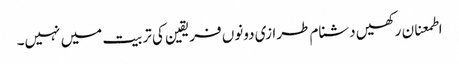
اطمعنان رکھیں دشنام طرازی دونوں فریقین کی تربیت میں نہیں۔